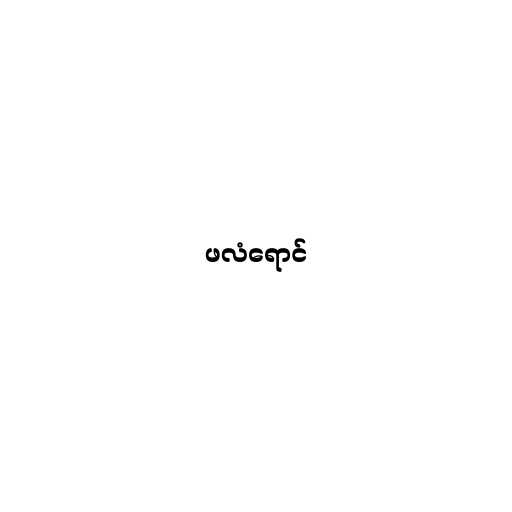
ဖလံရောင်